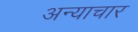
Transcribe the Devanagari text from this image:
अन्याचार